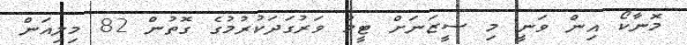
މޮނާކޯ އިން ވަނީ މި ސީޒަނަށް ޓީމު ވަރުގަދަކުރުމުގެ ގޮތުން 82 މިލިއަން